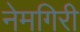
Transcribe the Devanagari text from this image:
नेमगिरी